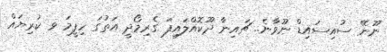
ނޫނޭ ސުއިސައިޑް ނޫވާނެ.. ޗައިނާ ދޫކޮއްލައިފަ ގެރިމޯދީ އަތުގަ ހިފީމަ ވ ކުރިޔައް